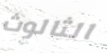
الثالوث